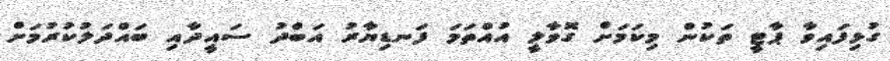
ގުޅިފައިވާ ޕާޓީ ތަކުން މިކަމަށް ގޮވާލީ އުއްތަމަ ފަނޑިޔާރު އަބްދު ސައީދާއި ބައްދަލުކުރުމަށް